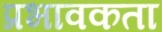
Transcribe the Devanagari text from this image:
प्रभावकता